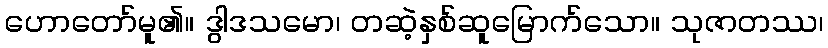
ဟောတော်မူ၏။ ဒွါဒသမော၊ တဆဲ့နှစ်ဆူမြောက်သော။ သုဇာတဿ၊